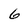
Character: 6